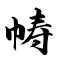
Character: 帱